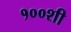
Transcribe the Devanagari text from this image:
१००शी